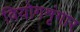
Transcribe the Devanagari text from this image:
वियोगशृंगार